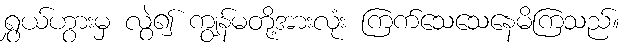
ရွှယ်ဟွားမှ လွဲ၍ ကျွန်မတို့အားလုံး ကြက်သေသေနေမိကြသည်။